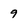
Character: 9